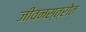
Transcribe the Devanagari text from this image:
जीवनस्त्रोत